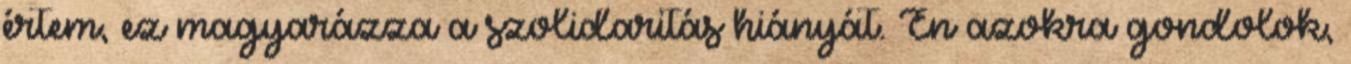
értem, ez magyarázza a szolidaritás hiányát. Én azokra gondolok,